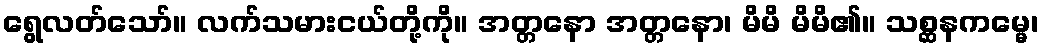
ရွေလတ်သော်။ လက်သမားငယ်တို့ကို။ အတ္တနော အတ္တနော၊ မိမိ မိမိ၏။ သစ္ဆနကမ္မေ၊